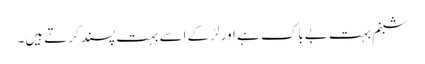
شبنم بہت بےباک ہے اور لڑکے اسے بہت پسند کرتےہیں۔